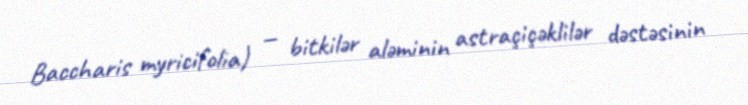
Baccharis myricifolia) — bitkilər aləminin astraçiçəklilər dəstəsinin